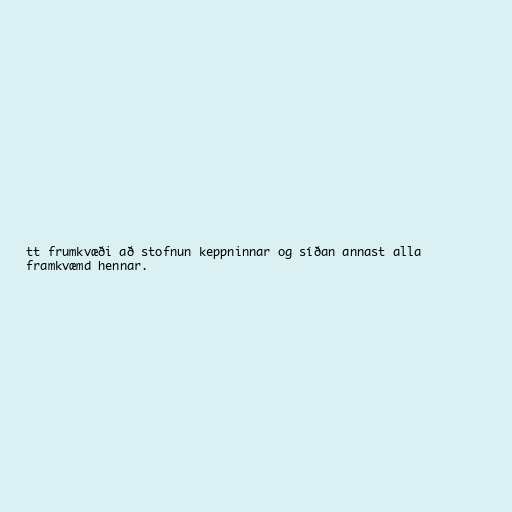
tt frumkvæði að stofnun keppninnar og síðan annast alla
framkvæmd hennar.